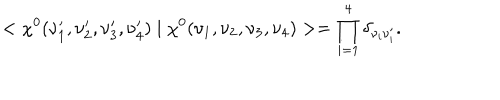
LaTeX: < \chi ^ { 0 } ( \nu _ { 1 } ^ { \prime } , \nu _ { 2 } ^ { \prime } , \nu _ { 3 } ^ { \prime } , \nu _ { 4 } ^ { \prime } ) \mid \chi ^ { 0 } ( \nu _ { 1 } , \nu _ { 2 } , \nu _ { 3 } , \nu _ { 4 } ) > = \prod _ { i = 1 } ^ { 4 } \delta _ { \nu _ { i } \nu _ { i } ^ { \prime } } .